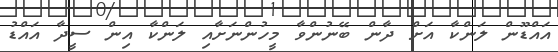
އައްޑޫން ލަންކާ އަށް ދާން ބޭނުންވާ މީހުންނަށާއި ލަންކާ އިން ސީދާ އައްޑު